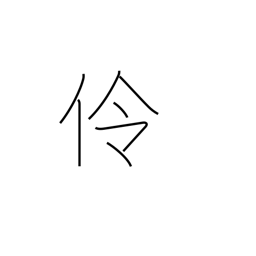
Meaning: actor